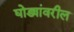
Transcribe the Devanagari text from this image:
घोड्यांवरील